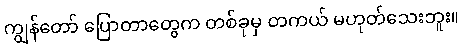
ကျွန်တော် ပြောတာတွေက တစ်ခုမှ တကယ် မဟုတ်သေးဘူး။